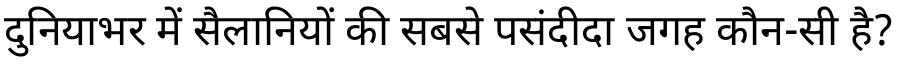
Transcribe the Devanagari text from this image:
दुनियाभर में सैलानियों की सबसे पसंदीदा जगह कौन-सी है?